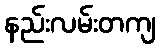
နည်းလမ်းတကျ